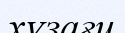
хүзағи